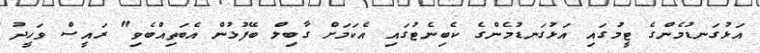
އަޅުގަނޑުމެންގެ ޓީމުގައި އަޅުގަނޑުމެންގެ ކެބިނެޓުގައި އެކަމަށް ގާބިލް ބޭފުޅުން އެބަތިއްބެވި" ރައީސް ވަހީދު